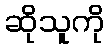
ဆိုသူကို